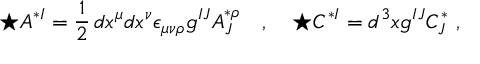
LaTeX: \star A ^ { * I } = \frac 1 2 \, d x ^ { \mu } d x ^ { \nu } \epsilon _ { \mu \nu \rho } g ^ { I J } A _ { J } ^ { * \rho } \quad , \quad \star C ^ { * I } = d ^ { 3 } x g ^ { I J } C _ { J } ^ { * } \ ,